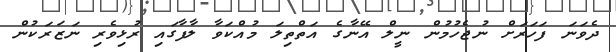
ދެވަނަ ފަހަރަށް ނުޖެހުމުން ނީލް އޭނާގެ އަތްތިލަ މުއްކަވާ ލާފާގައި ރުޅިވެރި ނަޒަރަކުން